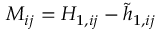
M _ { i j } = H _ { 1 , i j } - \tilde { h } _ { 1 , i j }